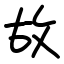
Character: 故